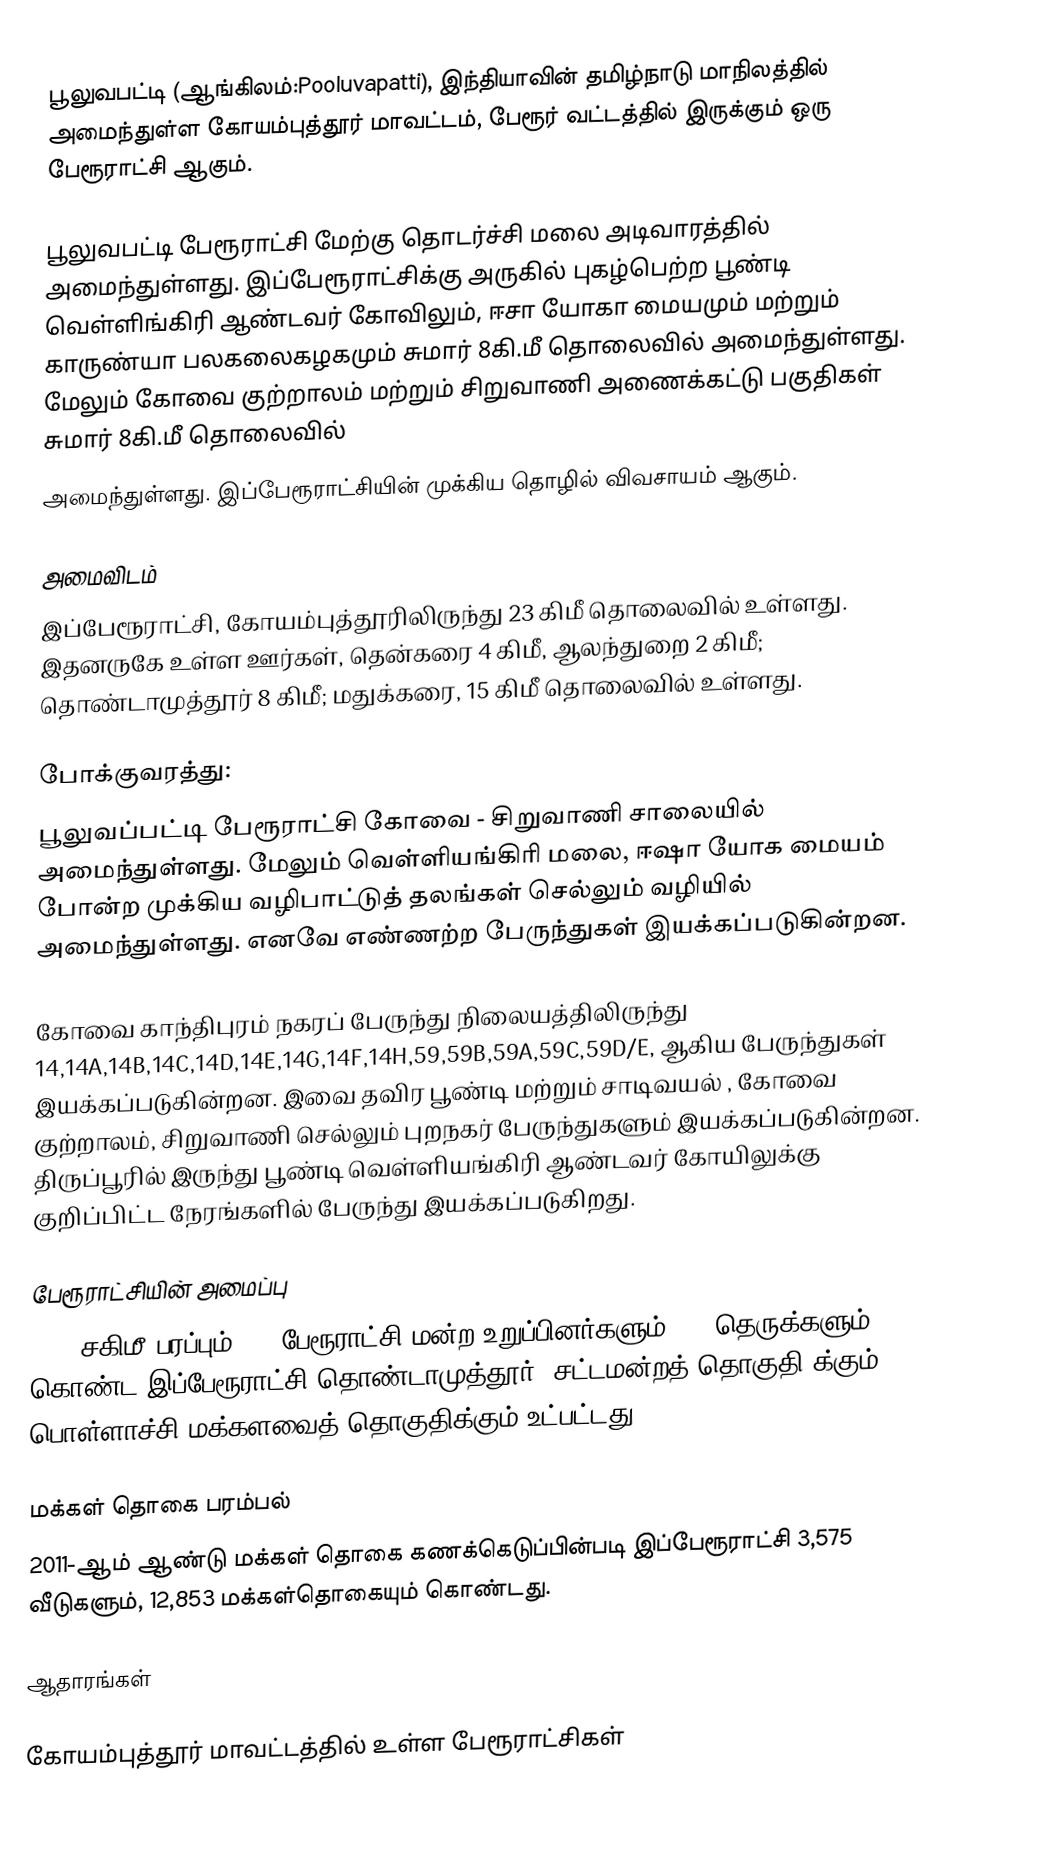
பூலுவபட்டி (ஆங்கிலம்:Pooluvapatti), இந்தியாவின் தமிழ்நாடு மாநிலத்தில் அமைந்துள்ள கோயம்புத்தூர் மாவட்டம், பேரூர் வட்டத்தில் இருக்கும் ஒரு பேரூராட்சி ஆகும்.

பூலுவபட்டி பேரூராட்சி மேற்கு தொடர்ச்சி மலை அடிவாரத்தில் அமைந்துள்ளது. இப்பேரூராட்சிக்கு அருகில் புகழ்பெற்ற பூண்டி வெள்ளிங்கிரி ஆண்டவர் கோவிலும், ஈசா யோகா மையமும் மற்றும் காருண்யா பலகலைகழகமும் சுமார் 8கி.மீ தொலைவில் அமைந்துள்ளது. மேலும்   கோவை  குற்றாலம் மற்றும் சிறுவாணி அணைக்கட்டு பகுதிகள் சுமார் 8கி.மீ தொலைவில்
அமைந்துள்ளது. இப்பேரூராட்சியின்  முக்கிய தொழில் விவசாயம் ஆகும்.

அமைவிடம்
இப்பேரூராட்சி, கோயம்புத்தூரிலிருந்து 23 கிமீ தொலைவில் உள்ளது.  இதனருகே உள்ள ஊர்கள், தென்கரை 4 கிமீ, ஆலந்துறை 2 கிமீ; தொண்டாமுத்தூர் 8 கிமீ; மதுக்கரை, 15 கிமீ தொலைவில் உள்ளது.

போக்குவரத்து:
பூலுவப்பட்டி பேரூராட்சி கோவை - சிறுவாணி சாலையில் அமைந்துள்ளது. மேலும் வெள்ளியங்கிரி மலை, ஈஷா யோக மையம் போன்ற முக்கிய வழிபாட்டுத் தலங்கள் செல்லும் வழியில் அமைந்துள்ளது. எனவே எண்ணற்ற பேருந்துகள் இயக்கப்படுகின்றன.

கோவை காந்திபுரம் நகரப் பேருந்து நிலையத்திலிருந்து 14,14A,14B,14C,14D,14E,14G,14F,14H,59,59B,59A,59C,59D/E, ஆகிய பேருந்துகள் இயக்கப்படுகின்றன. இவை தவிர பூண்டி மற்றும் சாடிவயல் , கோவை குற்றாலம், சிறுவாணி செல்லும் புறநகர் பேருந்துகளும் இயக்கப்படுகின்றன. திருப்பூரில் இருந்து பூண்டி வெள்ளியங்கிரி ஆண்டவர் கோயிலுக்கு குறிப்பிட்ட நேரங்களில் பேருந்து இயக்கப்படுகிறது.

பேரூராட்சியின் அமைப்பு
16.5 சகிமீ பரப்பும், 15 பேரூராட்சி மன்ற உறுப்பினர்களும், 38 தெருக்களும்  கொண்ட இப்பேரூராட்சி  தொண்டாமுத்தூர்  (சட்டமன்றத் தொகுதி)க்கும், பொள்ளாச்சி மக்களவைத் தொகுதிக்கும் உட்பட்டது.

மக்கள் தொகை பரம்பல்
2011-ஆம் ஆண்டு மக்கள் தொகை கணக்கெடுப்பின்படி  இப்பேரூராட்சி  3,575  வீடுகளும், 12,853 மக்கள்தொகையும் கொண்டது.

ஆதாரங்கள்

கோயம்புத்தூர் மாவட்டத்தில் உள்ள பேரூராட்சிகள்